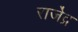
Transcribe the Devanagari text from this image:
राजे॑द्र